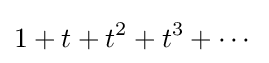
1+t+t^{2}+t^{3}+\cdots